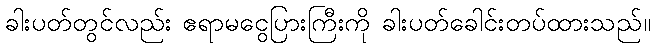
ခါးပတ်တွင်လည်း ဧရာမငွေပြားကြီးကို ခါးပတ်ခေါင်းတပ်ထားသည်။